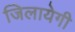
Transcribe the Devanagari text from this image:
जिलायेगी